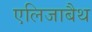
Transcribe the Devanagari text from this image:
एलिजाबैथ